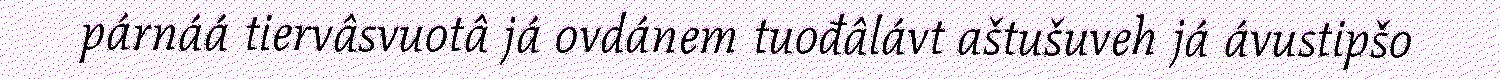
párnáá tiervâsvuotâ já ovdánem tuođâlávt aštušuveh já ávustipšo